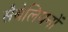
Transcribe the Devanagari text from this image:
सैबेलियनों